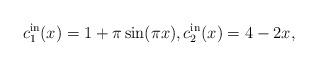
LaTeX: \begin{align*} c_1^{\rm in}(x)=1+\pi\sin(\pi x), c_2^{\rm in}(x)= 4-2x ,\end{align*}